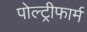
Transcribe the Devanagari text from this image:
पोल्ट्रीफार्म